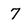
Character: 7